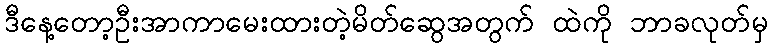
ဒီနေ့တော့ဦးအာကာမေးထားတဲ့မိတ်ဆွေအတွက် ထဲကို ဘာခလုတ်မှ